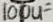
Text: 100uF